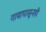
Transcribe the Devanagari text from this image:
गावापासूनही